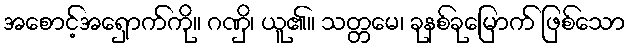
အစောင့်အရှောက်ကို။ ဂဏှိ၊ ယူ၏။ သတ္တမေ၊ ခုနစ်ခုမြောက် ဖြစ်သော